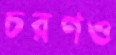
চরণও